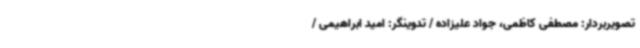
تصویربردار: مصطفی کاظمی، جواد علیزاده / تدوینگر: امید ابراهیمی /